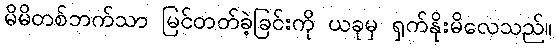
မိမိတစ်ဘက်သာ မြင်တတ်ခဲ့ခြင်းကို ယခုမှ ရှက်နိုးမိလေသည်။